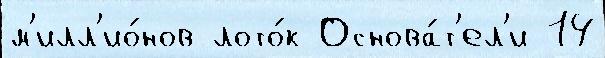
м'илл'ио́нов лото́к Основа́т'ел'и 14